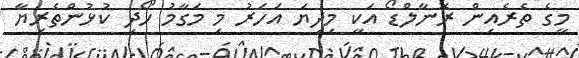
މީގެ ތެރެއިން ރޮނާލްޑޯ އަކީ މިދިޔަ އަހަރު މި މަގާމު ހޯދި ކުޅުންތެރިޔާ